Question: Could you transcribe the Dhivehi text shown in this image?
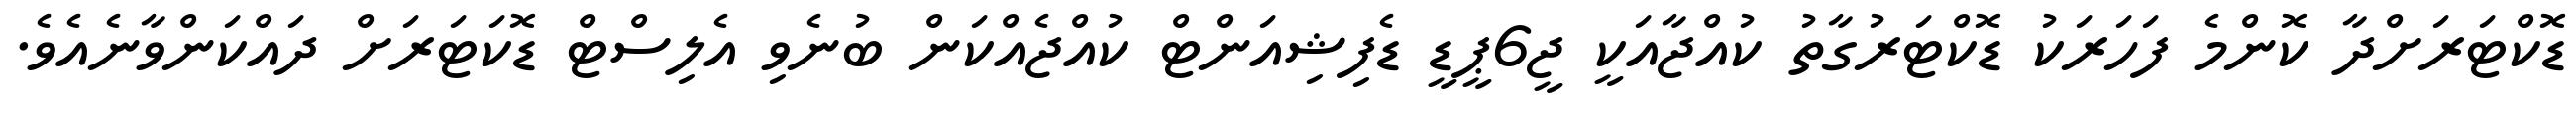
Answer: ޑޮކްޓަރަށްދާ ކޮންމެ ފަހަރަކު ޑޮކްޓަރުގާތު ކުއްޖާއަކީ ޖީ6ޕީޑީ ޑެފިޝިއަންޓް ކުއްޖެއްކަން ބުނެވި އެލިސްޓް ޑޮކަޓަރަށް ދައްކަންވާނެއެވެ.